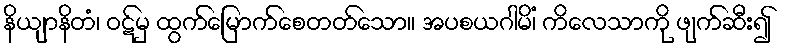
နိယျာနိတံ၊ ဝဋ်မှ ထွက်မြောက်စေတတ်သော။ အပစယဂါမိံ၊ ကိလေသာကို ဖျက်ဆီး၍